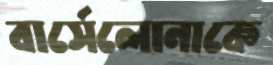
বার্সেলোনাকে